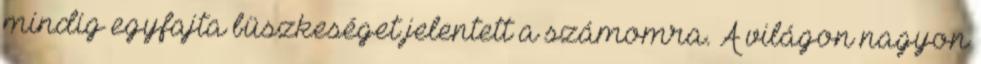
mindig egyfajta büszkeséget jelentett a számomra. A világon nagyon